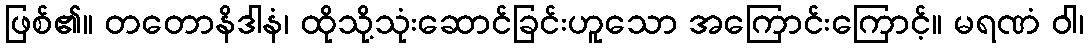
ဖြစ်၏။ တတောနိဒါနံ၊ ထိုသို့သုံးဆောင်ခြင်းဟူသော အကြောင်းကြောင့်။ မရဏံ ဝါ၊